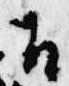
召